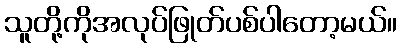
သူတို့ကိုအလုပ်ဖြုတ်ပစ်ပါတော့မယ်။